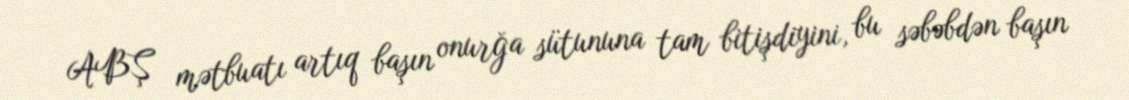
ABŞ mətbuatı artıq başın onurğa sütununa tam bitişdiyini, bu səbəbdən başın